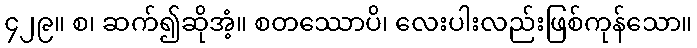
၄၂၉။ စ၊ ဆက်၍ဆိုအံ့။ စတဿောပိ၊ လေးပါးလည်းဖြစ်ကုန်သော။